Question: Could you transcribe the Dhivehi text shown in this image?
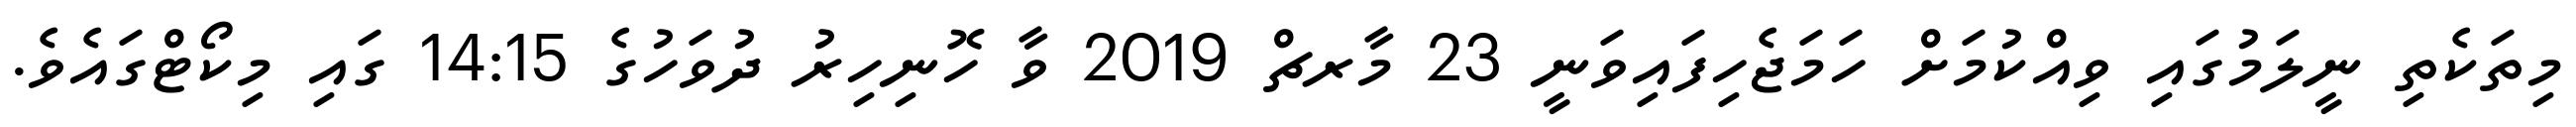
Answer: މިތަކެތި ނީލަމުގައި ވިއްކުމަށް ހަމަޖެހިފައިވަނީ 23 މާރޗް 2019 ވާ ހޮނިހިރު ދުވަހުގެ 14:15 ގައި މިކޯޓްގައެވެ.